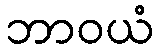
ဘာဝယံ